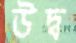
উদ্ব